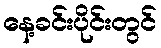
နေ့ခင်းပိုင်းတွင်